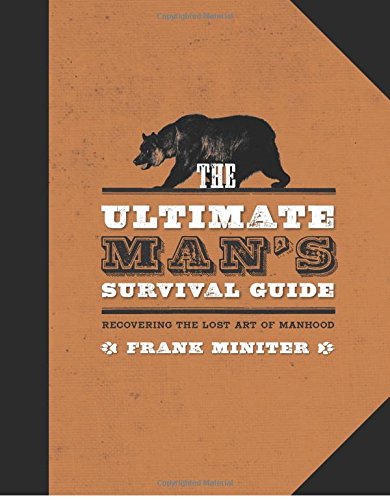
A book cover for The Ultimate Man's Survival Guide: Rediscovering the Lost Art of Manhood; Frank Miniter; Sports & Outdoors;